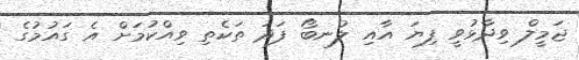
ޖަމީލް ވިދާޅުވީ ފިޔަ އާއި ލުނބޯ ފަދަ ތަކެތި ވިއްކުމަށް އެ ގައުމުގެ